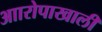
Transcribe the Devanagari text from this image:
आारोपाखाली